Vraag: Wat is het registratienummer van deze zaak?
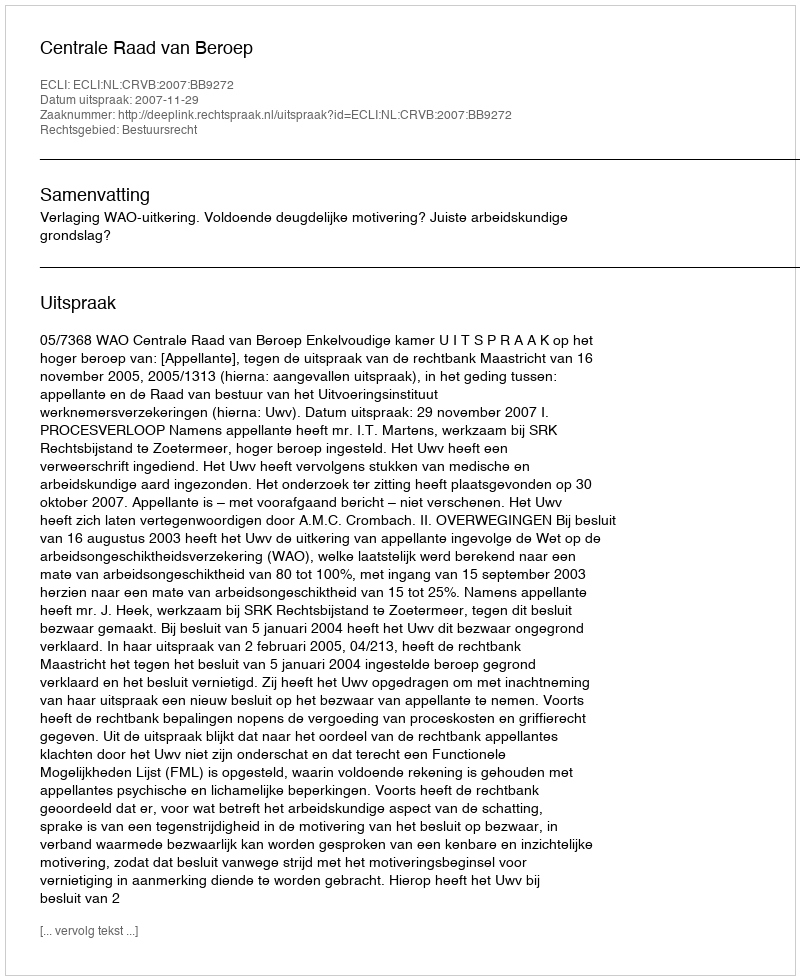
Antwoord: http://deeplink.rechtspraak.nl/uitspraak?id=ECLI:NL:CRVB:2007:BB9272